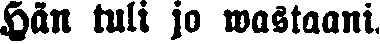
Hän tuli jo wastaani.